On the action of the venoms of the cobra (Naja tripudians) and of the daboia (Daboia russellii) on the red blood corpuscles and on the blood plasma - Number 4
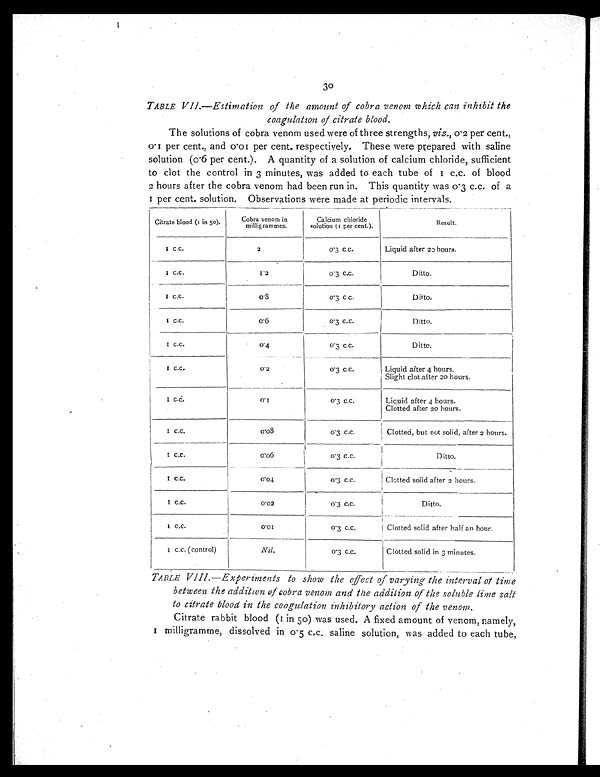
30
TABLE VII.—Estimation of the amount of cobra venom which can inhibit the
coagulation of citrate blood.
The solutions of cobra venom used were of three strengths, viz., 0.2 per cent.,
0.1 per cent., and 0.01 per cent. respectively. These were prepared with saline
solution (0.6 per cent.). A quantity of a solution of calcium chloride, sufficient
to clot the control in 3 minutes, was added to each tube of 1 c.c. of blood
2 hours after the cobra venom had been run in. This quantity was 0.3 c.c. of a
1 per cent. solution. Observations were made at periodic intervals.
Citrate blood (1 in 50).
Cobra venom in
milligrammes.
Calcium chloride
solution (1 per cent.).
Result.
1 c . c .
2
0.3 c c.
Liquid after 20 hours.
1 c . c .
1 . 2 0.3 c.c.
Ditto.
1 c.c.
0 . 8 0 . 3 c c .
Ditto.
1 c . c .
0 . 6 0.3 c.c.
Ditto.
1 c . c .
0.4
0.3 c.c.
Ditto.
1 c . c .
0.2
0 . 3 c . c .
Liquid after 4 hours.
Slight clot after 20 hours.
1 c . c .
0 . 1 0 . 3 c . c .
Liquid after 4 hours.
Clotted after 20 hours.
1 c . c .
0 . 0 8 0 . 3 c . c .
Clotted, but not solid, after 2 hours.
1 c . c .
0 . 0 6 0.3 c.c.
Ditto.
1 c . c .
0.04
0.3 c.c.
Clotted solid after 2 hours.
1 c . c .
0.02
0.3 c.c.
Ditto.
1 c . c .
0 . 0 1 0.3 c.c.
Clotted solid after half an hour.
1 c. c. (cont rol )
Nil.
0 . 3 c . c .
Clotted solid in 3 minutes.
TABLE VIII.—Experiments to show the effect of varying the interval of time
between the addition of cobra venom and the addition of the soluble lime salt
to citrate blood in the coagulation inhibitory action of the venom.
Citrate rabbit blood (1 in 50) was used. A fixed amount of venom, namely,
I milligramme, dissolved in 0.5 c.c. saline solution, was added to each tube,